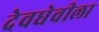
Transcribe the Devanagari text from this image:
देवघेवीला